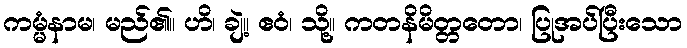
ကမ္မံနာမ၊ မည်၏။ ဟိ၊ ချဲ့။ ဧဝံ၊ သို့။ ကတနိမိတ္တတော၊ ပြုအပ်ပြီးသော